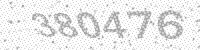
Solution: 380476